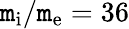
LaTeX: \mathtt{m}_{\mathrm{{i}}}/\mathtt{m}_{\mathrm{{e}}}=36